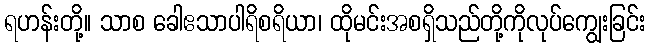
ရဟန်းတို့။ သာစ ခေါဧသာပါရိစရိယာ၊ ထိုမင်းအစရှိသည်တို့ကိုလုပ်ကျွေးခြင်း